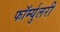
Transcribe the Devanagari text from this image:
फॉर्म्युलरी